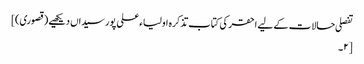
تفصلی حالات کے لیے احقر کی کتاب تذکرہ اولیاء علی پور سیداں دیکھیے (قصوری)]
[۲۔